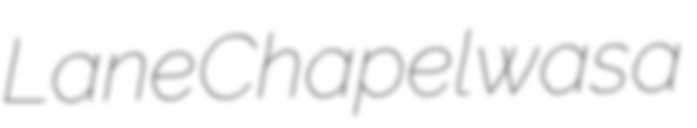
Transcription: Lane Chapel was a